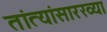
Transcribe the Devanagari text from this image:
तांत्यांसारख्या